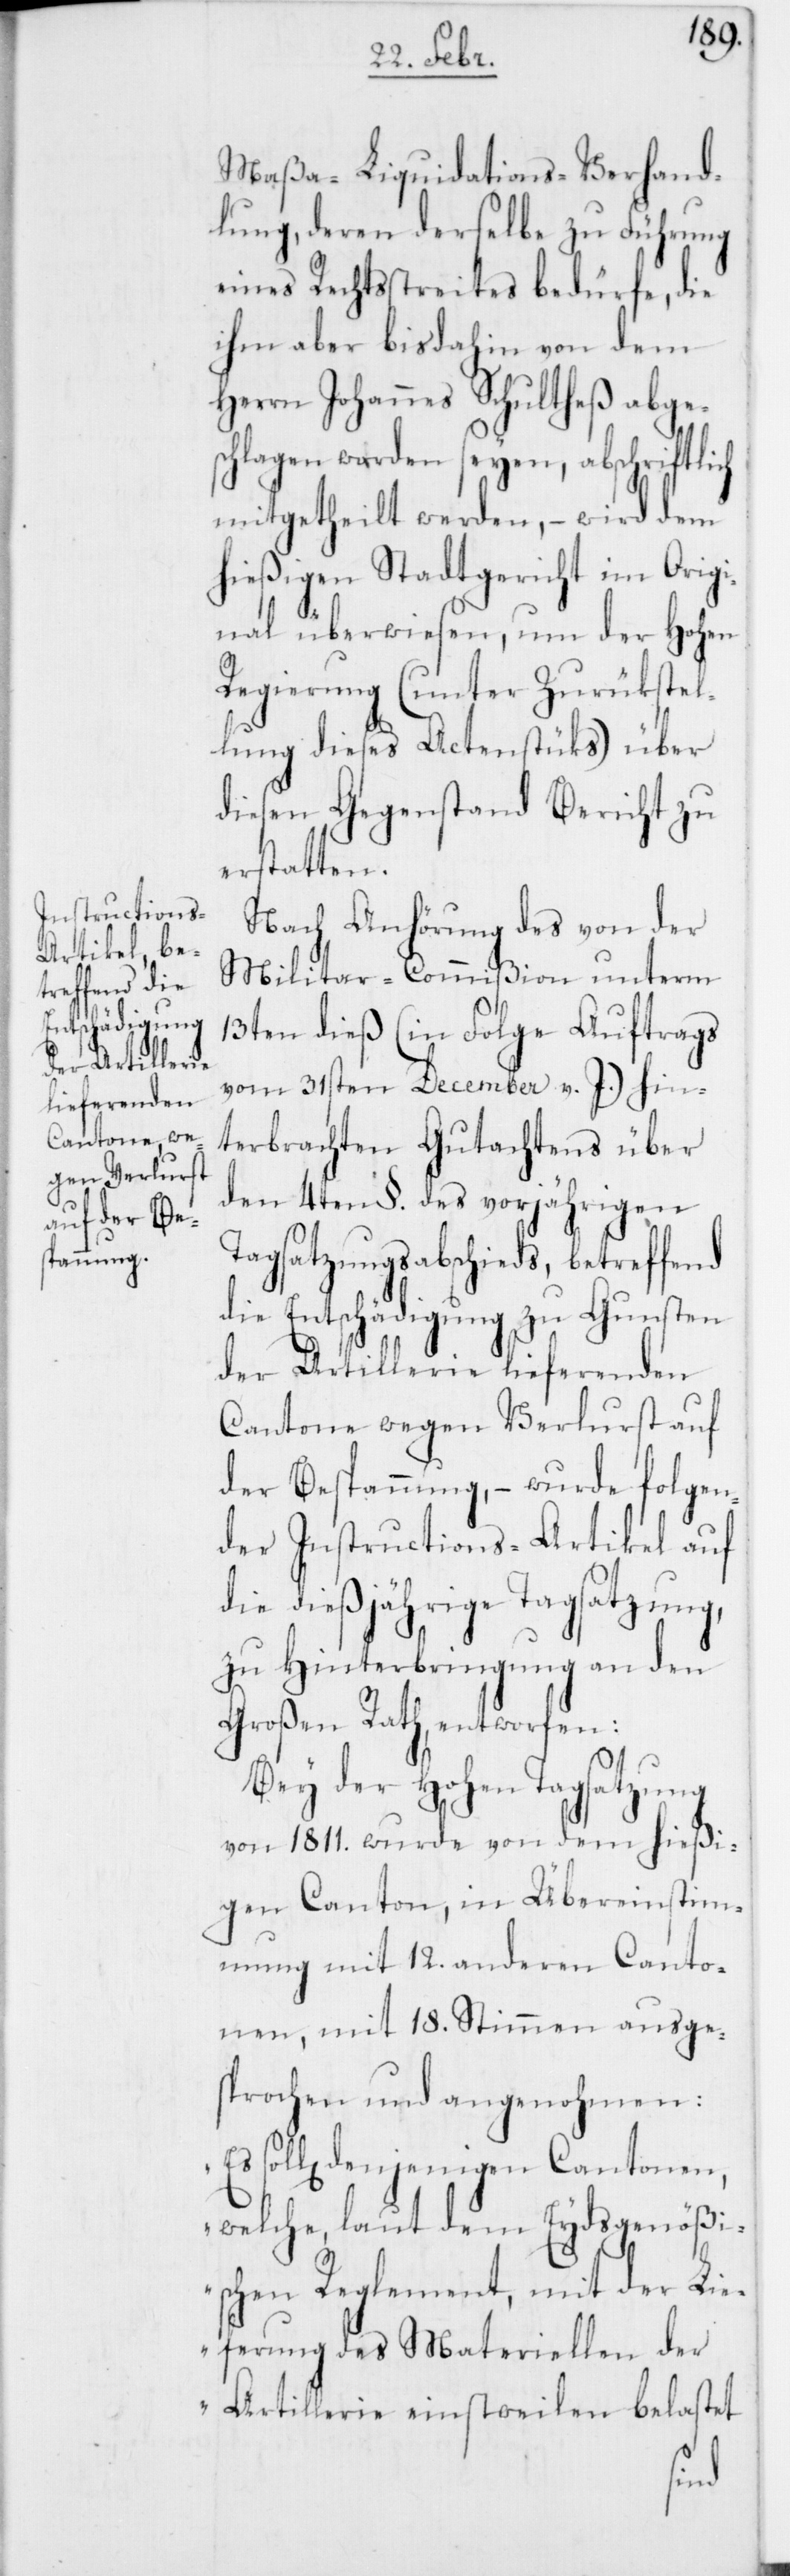
Maßa-Liquidations-Verhand¬
lung, deren derselbe zu Führung
eines Rechtsstreites bedürfe, die
ihm aber bis dahin von dem
Herrn Johannes Schultheß abges¬
chlagen worden seyen, abschriftl¬
mitgetheilt werden, – wird dem
hießigen Stadtgericht im Origi¬
nal überwiesen, um der Hohen
Regierung (unter Zurükstel¬
lung dieses Actenstüks) über
diesen Gegenstand Bericht zu
erstatten.
Nach Anhörung des von der
Militar-Commißion unterm
13ten dieß (in Folge Auftrags
vom 31sten December v. J.) hin¬
terbrachten Gutachtens über
den 4ten §. des vorjährigen
Tagsatzungsabschieds, betreffend
die Entschädigung zu Gunsten
der Artillerie liefernden
Cantone wegen Verlurst auf
der Bespannung, – wurde folgen¬
der Instructions-Artikel auf
die dießjährige Tagsatzung,
zu Hinterbringung an den
Großen Rath, entworfen:
Bei der Hohen Tagsatzung
von 1811. wurde von dem hießi¬
gen Canton, in Übereinstimm¬
ung mit 12. anderen Canto¬
nen, mit 18. Stimmen ausge¬
sprochen und angenohmen:
„Es soll denjenigen Cantonen,
welche, laut dem Eydsgenößi¬
schen Reglement, mit der Li¬
eferung des Materiellen der
Artillerie einstweilen belastet
ich